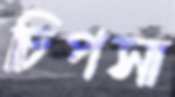
চিপসা